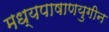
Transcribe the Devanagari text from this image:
मध्यपाषाणयुगीन